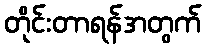
တိုင်းတာရန်အတွက်